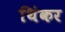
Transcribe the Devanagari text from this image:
थिंकर